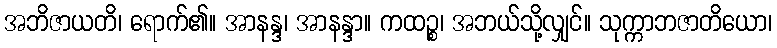
အဘိဇာယတိ၊ ရောက်၏။ အာနန္ဒ၊ အာနန္ဒာ။ ကထဉ္စ၊ အဘယ်သို့လျှင်။ သုက္ကာဘဇာတိယော၊